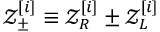
\mathcal { Z } _ { \pm } ^ { [ i ] } \equiv \mathcal { Z } _ { R } ^ { [ i ] } \pm \mathcal { Z } _ { L } ^ { [ i ] }